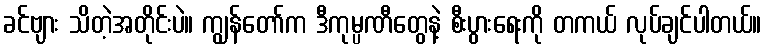
ခင်ဗျား သိတဲ့အတိုင်းပဲ။ ကျွန်တော်က ဒီကုမ္ပဏီတွေနဲ့ စီးပွားရေးကို တကယ် လုပ်ချင်ပါတယ်။